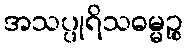
အသပ္ပုရိသဓမ္မဉ္စ